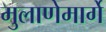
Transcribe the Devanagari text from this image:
मुलाणेमार्गे